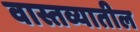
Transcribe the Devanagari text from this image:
वास्तव्यातील